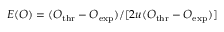
E ( O ) = ( O _ { \mathrm { t h r } } - O _ { \mathrm { e x p } } ) / [ 2 u ( O _ { \mathrm { t h r } } - O _ { \mathrm { e x p } } ) ]